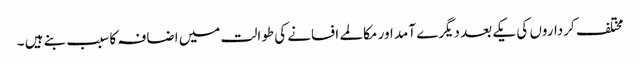
مختلف کرداروں کی یکے بعد دیگرے آمد اور مکالمے افسانے کی طوالت میں اضافہ کا سبب بنے ہیں ۔